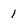
Character: 1